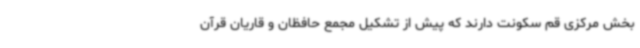
بخش مرکزی قم سکونت دارند که پیش از تشکیل مجمع حافظان و قاریان قرآن